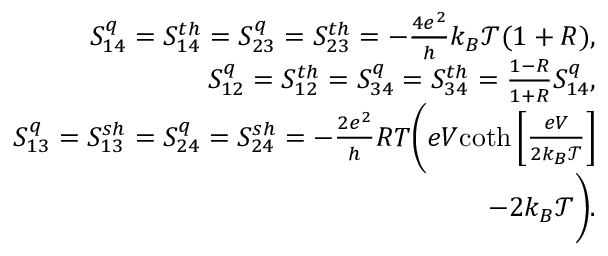
\begin{array} { r } { { S _ { 1 4 } ^ { q } = S _ { 1 4 } ^ { t h } = S _ { 2 3 } ^ { q } = S _ { 2 3 } ^ { t h } = - \frac { 4 e ^ { 2 } } { h } k _ { B } \mathcal { T } ( 1 + R ) , } } \\ { { S _ { 1 2 } ^ { q } = S _ { 1 2 } ^ { t h } = S _ { 3 4 } ^ { q } = S _ { 3 4 } ^ { t h } = \frac { 1 - R } { 1 + R } S _ { 1 4 } ^ { q } , } } \\ { { S _ { 1 3 } ^ { q } = S _ { 1 3 } ^ { s h } = S _ { 2 4 } ^ { q } = S _ { 2 4 } ^ { s h } = - \frac { 2 e ^ { 2 } } { h } R T \bigg ( e V } { \coth \left[ \frac { e V } { 2 k _ { B } \mathcal { T } } \right] } } \\ { { - 2 k _ { B } \mathcal { T } \bigg ) } . } \end{array}